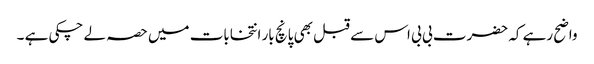
واضح رہے کہ حضرت بی بی اس سے قبل بھی پانچ بار انتخابات میں حصہ لے چکی ہے ۔